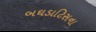
બઘડાટિસના